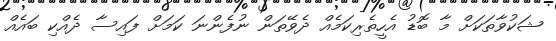
ޝަކުވާތަކަށް މާ ބޮޑު އެހީތެރިކަމެއް ދެވޭތަން ނުފެންނަ ކަމަށް ފައިސާ ދެއްކި ބައެއް